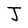
Character: J